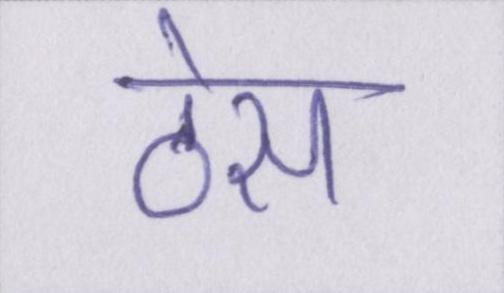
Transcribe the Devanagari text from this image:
ठेस